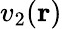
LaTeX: v_{2}(\mathbf{r})